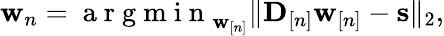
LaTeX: \begin{array}{r}{\mathbf w_{n}=\mathrm{~a~r~g~m~i~n~}_{\mathbf w_{[n]}}\| {\mathbf D}_{[n]}\mathbf w_{[n]}-\mathbf s\| _{2},}\end{array}